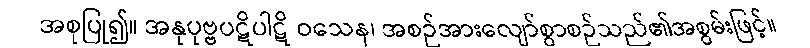
အစုပြု၍။ အနုပုဗ္ဗပဋိပါဋိ ဝသေန၊ အစဉ်အားလျော်စွာစဉ်သည်၏အစွမ်းဖြင့်။